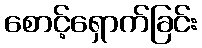
စောင့်ရှောက်ခြင်း